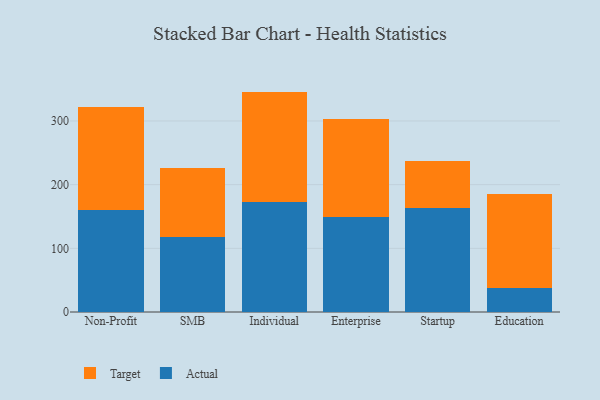
{"axis": {"x": "Segment", "y": "Satisfaction Score"}, "legend": ["Actual", "Target"], "data": [{"x": "Non-Profit", "y": 160.0, "type": "Actual"}, {"x": "Non-Profit", "y": 162.3, "type": "Target"}, {"x": "SMB", "y": 117.8, "type": "Actual"}, {"x": "SMB", "y": 108.8, "type": "Target"}, {"x": "Individual", "y": 173.3, "type": "Actual"}, {"x": "Individual", "y": 172.8, "type": "Target"}, {"x": "Enterprise", "y": 149.9, "type": "Actual"}, {"x": "Enterprise", "y": 153.8, "type": "Target"}, {"x": "Startup", "y": 164.0, "type": "Actual"}, {"x": "Startup", "y": 72.9, "type": "Target"}, {"x": "Education", "y": 37.9, "type": "Actual"}, {"x": "Education", "y": 147.4, "type": "Target"}]}